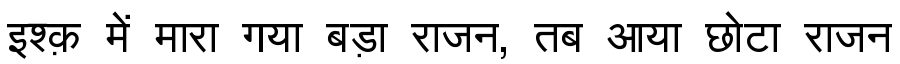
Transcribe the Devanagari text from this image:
इश्क़ में मारा गया बड़ा राजन, तब आया छोटा राजन